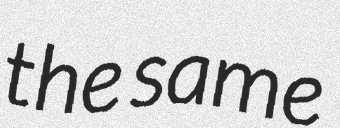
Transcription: the same